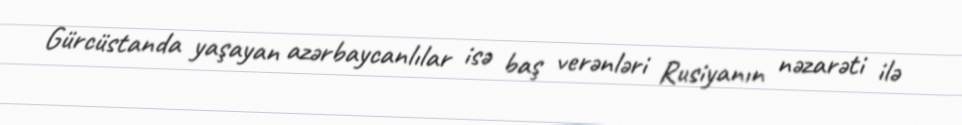
Gürcüstanda yaşayan azərbaycanlılar isə baş verənləri Rusiyanın nəzarəti ilə